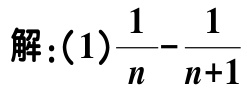
解：(1)$\frac{1}{n}-\frac{1}{n + 1}$